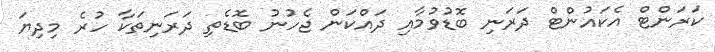
ކަރަންޓް އެކައުންޓް ދަރަނި ބޮޑުވުމާއި ދައްކަން ޖެހުނު ބޮޑެތި ދަރަނިތަކާ ހުރެ މިދިޔަ